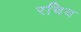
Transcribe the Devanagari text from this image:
रचिय